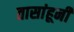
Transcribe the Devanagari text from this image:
तासांहूनी